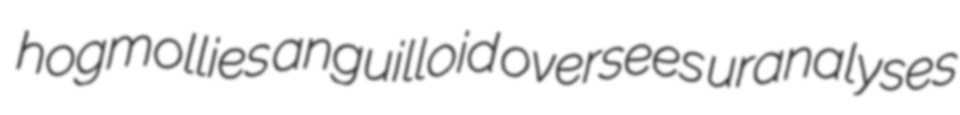
hogmollies anguilloid oversees uranalyses